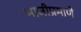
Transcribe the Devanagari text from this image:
भाजीप्रमाणे